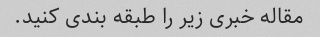
مقاله خبری زیر را طبقه بندی کنید.